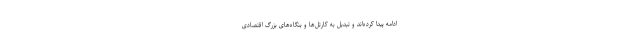
ادامه پیدا کرده‌اند و تبدیل به کارتل‌ها و بنگاه‌های بزرگ اقتصادی